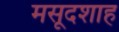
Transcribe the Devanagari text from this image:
मसूदशाह